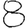
Digit: 8